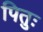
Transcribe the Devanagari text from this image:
पितुः